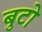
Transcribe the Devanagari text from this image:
बुटो